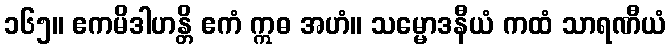
၁၆၅။ ဧကမိဒါဟန္တိ ဧကံ ဣဓ အဟံ။ သမ္မောဒနီယံ ကထံ သာရဏီယံ